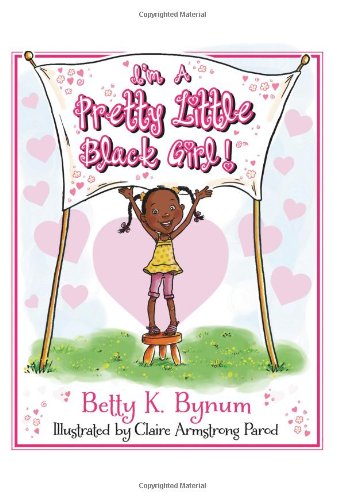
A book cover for I'm a Pretty Little Black Girl! (I'm a Girl! Collection); Betty K. Bynum; Children's Books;